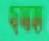
ছদাহা